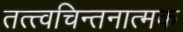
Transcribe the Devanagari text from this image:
तत्त्वचिन्तनात्मक